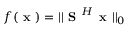
f ( \textbf { x } ) = | | \textbf { S } ^ { H } \textbf { x } | | _ { 0 }